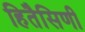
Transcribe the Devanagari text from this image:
हितैसिणी